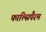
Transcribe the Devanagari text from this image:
फाल्सिपैरम